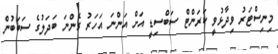
މިނިސްޓަރު ވިދާޅުވީ ކަރަންޓް ސަބްސިޑީ އަށް އަންނަ އަހަރު ގެންނަ ބަދަލުގެ ސަބަބުން